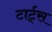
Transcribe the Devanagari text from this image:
टार्ट्‌स